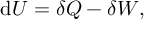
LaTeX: \mathrm { d } U = \delta Q - \delta W ,